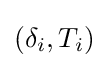
(\delta _{i},T_{i})